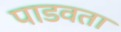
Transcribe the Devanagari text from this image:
पाडवता